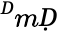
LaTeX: ^ḊmḌ